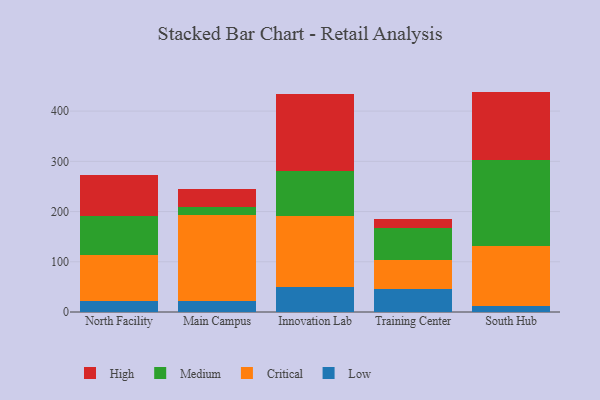
{"axis": {"x": "Campus", "y": "LTV (USD)"}, "legend": ["Critical", "High", "Low", "Medium"], "data": [{"x": "North Facility", "y": 21.0, "type": "Low"}, {"x": "North Facility", "y": 91.9, "type": "Critical"}, {"x": "North Facility", "y": 79.1, "type": "Medium"}, {"x": "North Facility", "y": 80.2, "type": "High"}, {"x": "Main Campus", "y": 22.1, "type": "Low"}, {"x": "Main Campus", "y": 170.3, "type": "Critical"}, {"x": "Main Campus", "y": 16.3, "type": "Medium"}, {"x": "Main Campus", "y": 36.6, "type": "High"}, {"x": "Innovation Lab", "y": 49.7, "type": "Low"}, {"x": "Innovation Lab", "y": 142.1, "type": "Critical"}, {"x": "Innovation Lab", "y": 89.3, "type": "Medium"}, {"x": "Innovation Lab", "y": 152.3, "type": "High"}, {"x": "Training Center", "y": 45.5, "type": "Low"}, {"x": "Training Center", "y": 57.6, "type": "Critical"}, {"x": "Training Center", "y": 64.9, "type": "Medium"}, {"x": "Training Center", "y": 18.0, "type": "High"}, {"x": "South Hub", "y": 12.3, "type": "Low"}, {"x": "South Hub", "y": 119.8, "type": "Critical"}, {"x": "South Hub", "y": 169.9, "type": "Medium"}, {"x": "South Hub", "y": 136.8, "type": "High"}]}